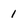
Character: 1